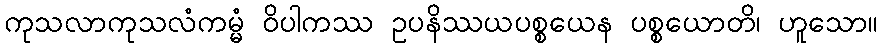
ကုသလာကုသလံကမ္မံ ဝိပါကဿ ဥပနိဿယပစ္စယေန ပစ္စယောတိ၊ ဟူသော။